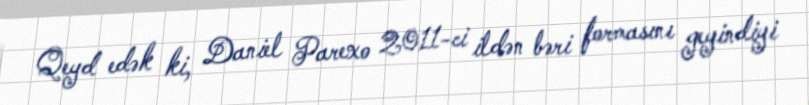
Qeyd edək ki, Daniel Parexo 2011-ci ildən bəri formasını geyindiyi